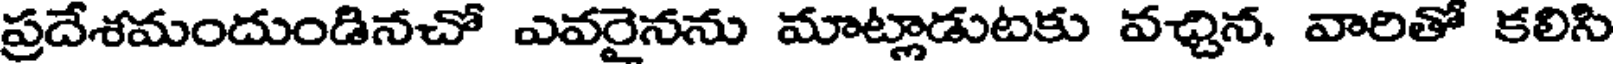
ప్రదేశమందుండినచో ఎవరైనను మాట్లాడుటకు వచ్చిన, వారితో కలిసి